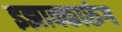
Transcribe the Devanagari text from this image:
इझाक्कारुंग